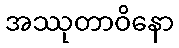
အဿုတာဝိနော